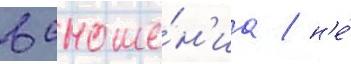
в сноше́н'иа / н'е́